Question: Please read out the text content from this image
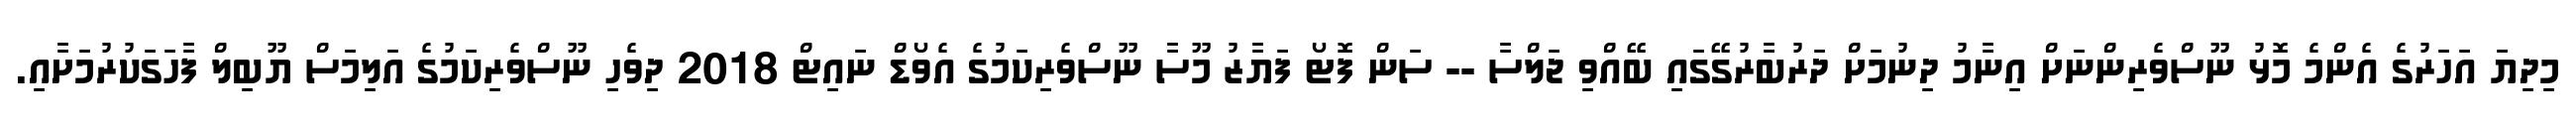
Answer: މިދިޔަ އަހަރުގެ އެންމެ މޮޅު ނޫސްވެރިންނަށް އިނާމު ދިނުމަށް ދަރުބާރުގޭގައި ބޭއްވި ޖަލްސާ -- ސަން ފޮޓޯ ފަޔާޒު މޫސާ ނޫސްވެރިކަމުގެ އެވޯޑް ނައިޓް 2018 ދިވެހި ނޫސްވެރިކަމުގެ އަލިމަސް ޔޫބިލް ފާހަގަކުރުމަށާއި.